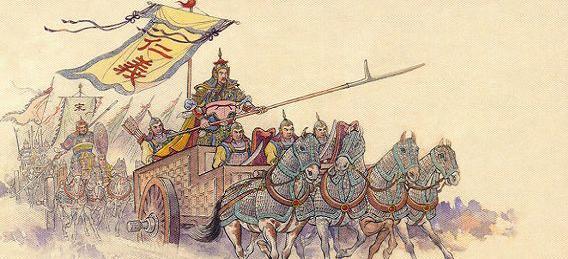
乡国真堪恋，光阴可合轻。